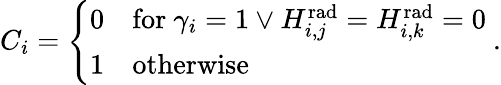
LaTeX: \begin{array}{r}{C_{i}=\left\{ \begin{array}{ll}{0}&{\mathrm{for}\ \gamma_{i}=1\lor H_{i,j}^{\mathrm{rad}}=H_{i,k}^{\mathrm{rad}}=0}\\ {1}&{\mathrm{otherwise}}\end{array}\right.\ .}\end{array}